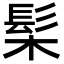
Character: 髤